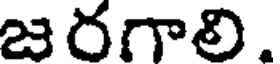
జరగాలి.